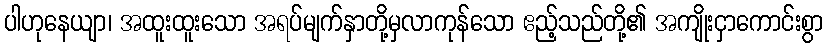
ပါဟုနေယျာ၊ အထူးထူးသော အရပ်မျက်နှာတို့မှလာကုန်သော ဧည့်သည်တို့၏ အကျိုးငှာကောင်းစွာ